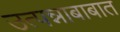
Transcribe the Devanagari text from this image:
उत्पन्नाबाबात